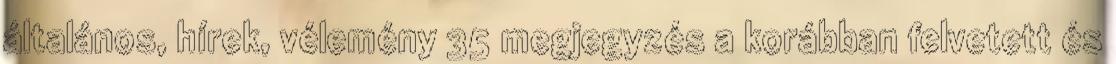
általános, hírek, vélemény 35 megjegyzés a korábban felvetett és